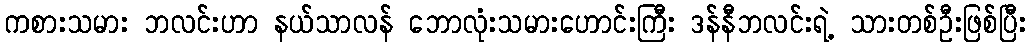
ကစားသမား ဘလင်းဟာ နယ်သာလန် ဘောလုံးသမားဟောင်းကြီး ဒန်နီဘလင်းရဲ့ သားတစ်ဦးဖြစ်ပြီး